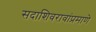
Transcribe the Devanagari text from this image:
सदाशिवरावांप्रमाणेे